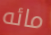
مائه